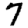
Digit: 7